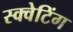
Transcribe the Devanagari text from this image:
स्क्वेटिंग